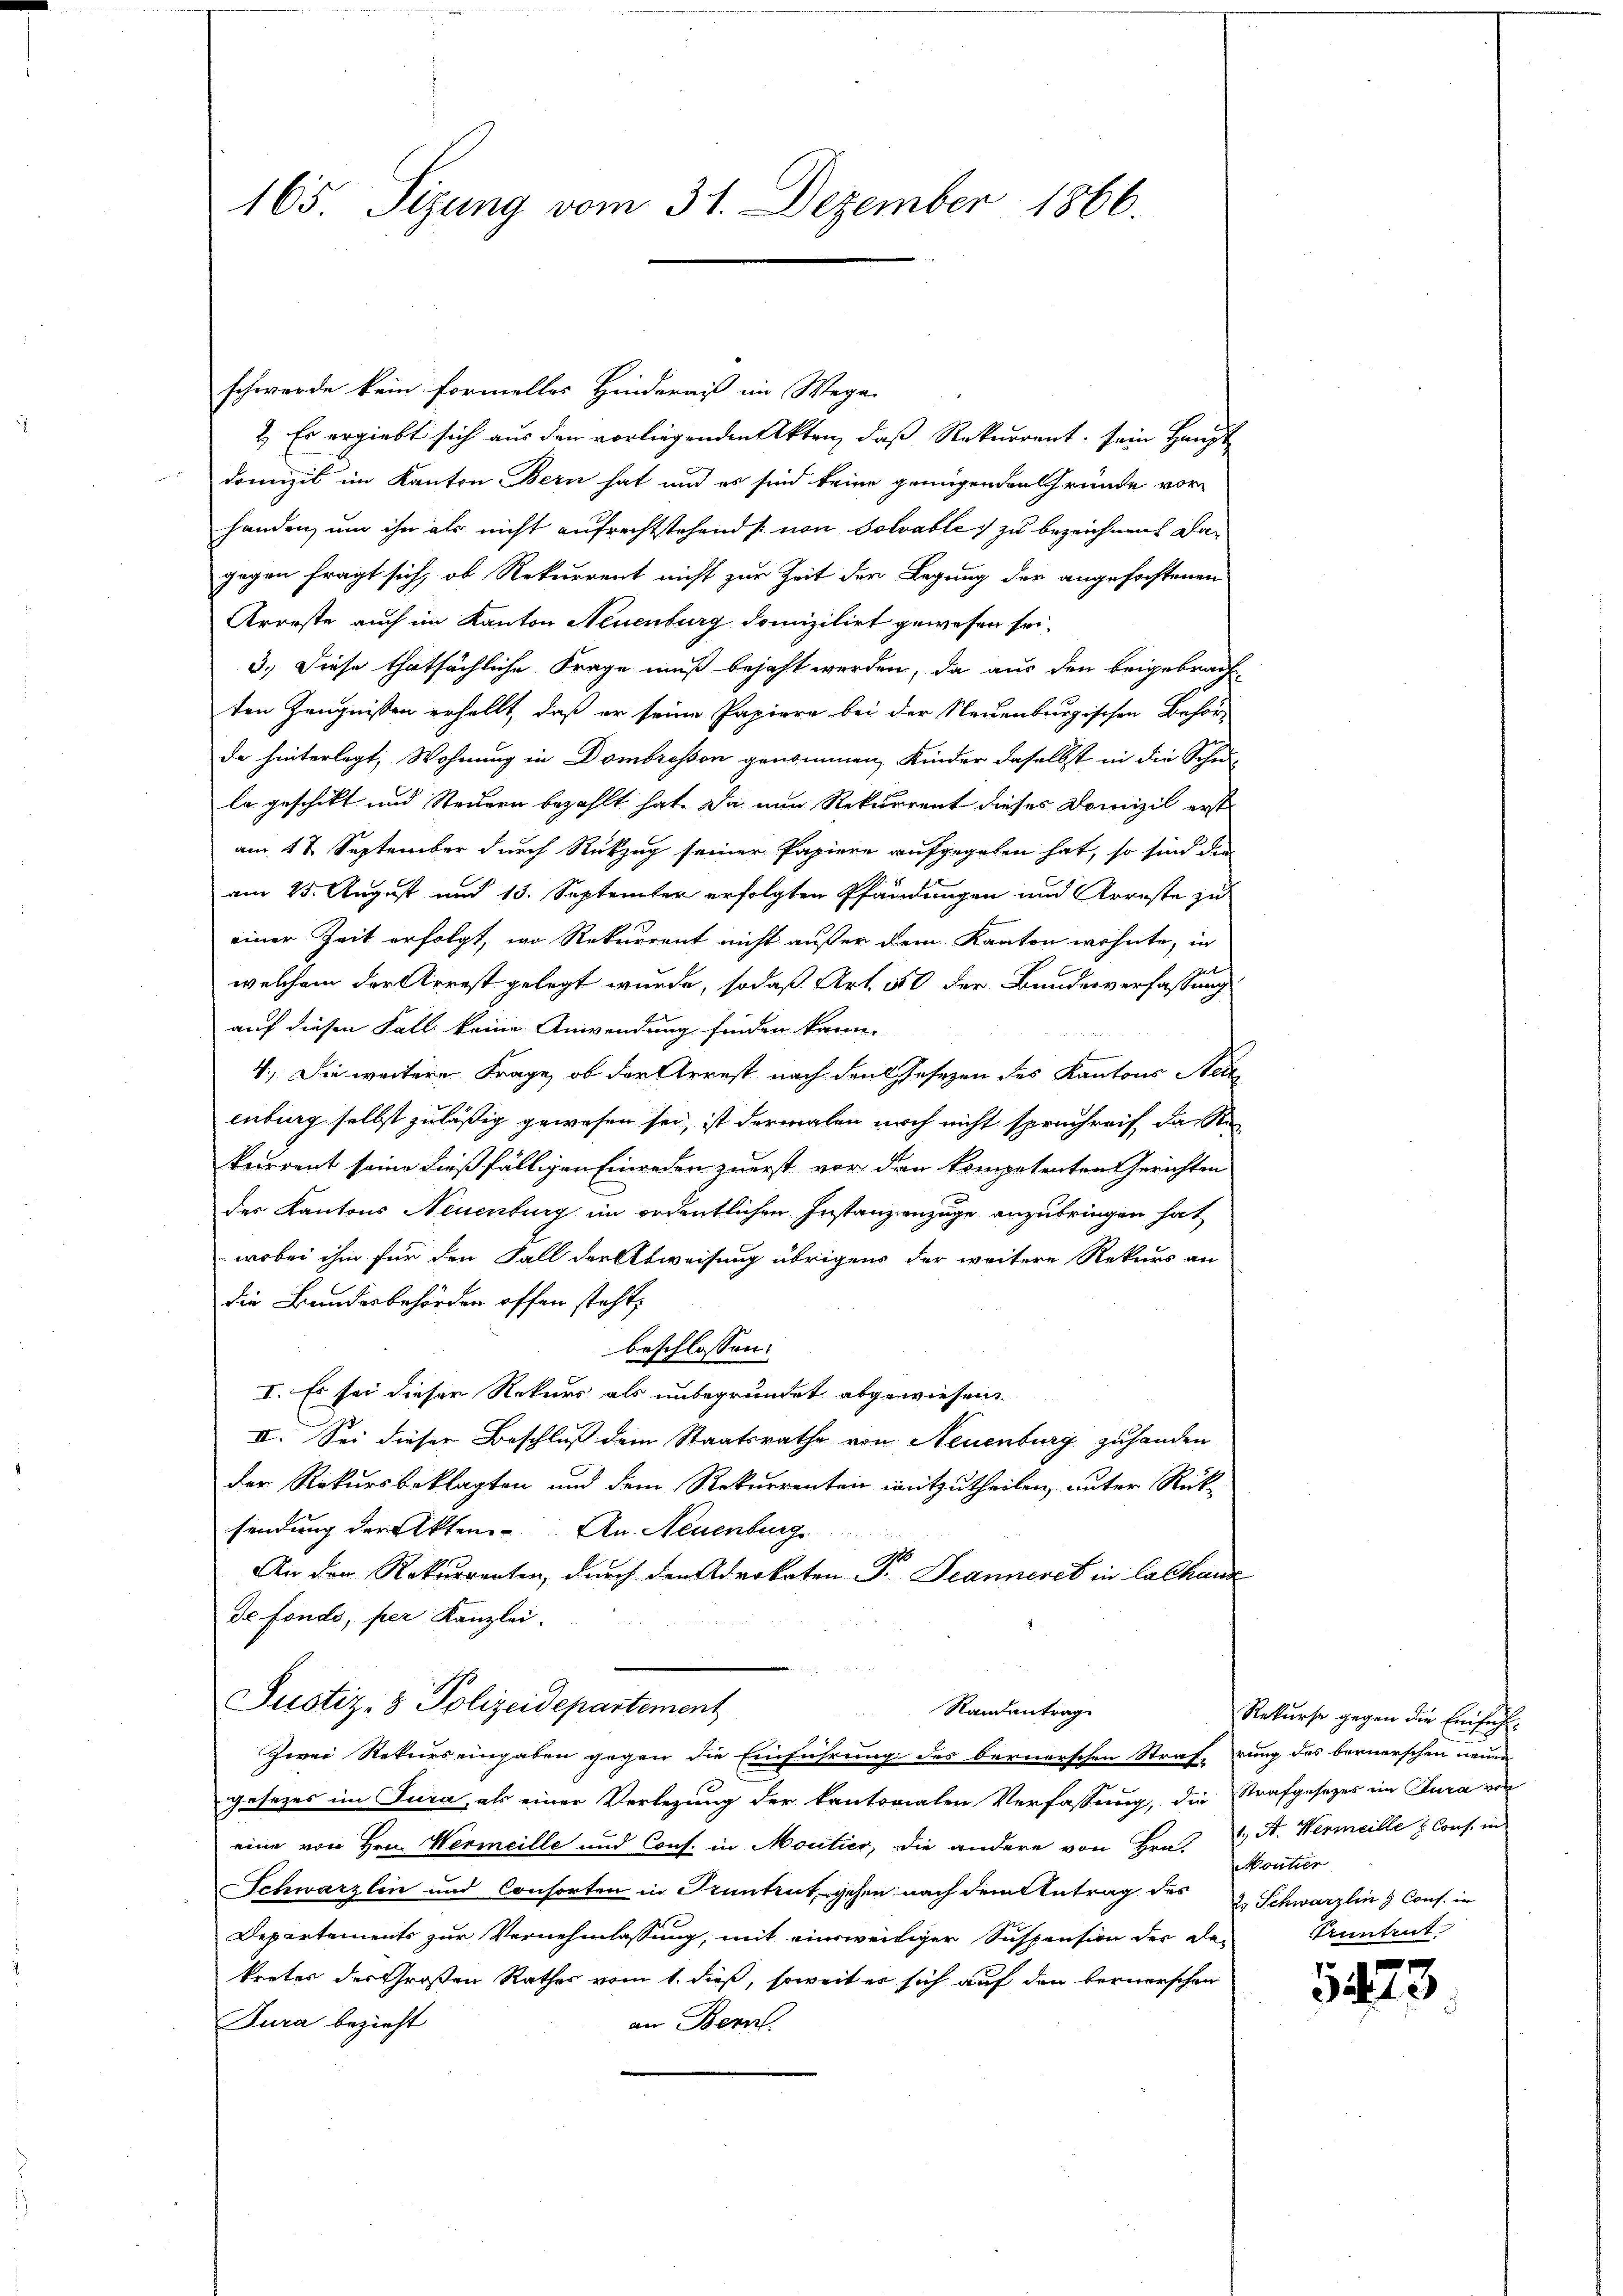
165. Sizung vom 31. Dezember 1866.

schwerde kein formelles Hinderniß im Wegen
2.) Es ergiebt sich aus den vorliegenden Akten, daß Rekurrent sein Haupt
Domizil im Kanton Bern hat und es sind keine genügenden Gründe vorhanden, um ihn als nicht aufrechtstehends von solvable zu bezeichnen Dagegen fragt sich, ob Rekurrent nicht zur Zeit der Legung der angefochtenen
Arorste auch im Kanton Neuenburg damnizilirt gewesen sei.
3.) Diese thatsächliche Frage muß bejaht werden, da aus den beigebrach-
ten Zeugnissen erhellt, daß er seine Papiere bei der Neuenburgischen Behör-
de hinterlegt, Wohnung in Dombrosson genommen, Kinder daselbst in die Schu
la geschickt und Steuern bezahlt hat. Da nun Rekurrent dieses Domizil erst
am 4 t September durch Rückzug seiner Papiere aufgegeben hat, so sind die
am 25. August und 13. September erfolgten Pfändungen und Arreste zu
einer Zeit erfolgt, wo Rekurrent nicht außer dem Kanton wohnte, in
welchem der Arrest gelegt wurde, sodaß Art. 50 der Bundesverfassung
auf diesen Fall keine Anwendung finden kann.
4.) Die weitere Frage, ob der Arrest nach den Gesezen des Kantons Ned
enburg selbst zuläßig gewesen sei, ist dermalen noch nicht spruchreis das Ste
kurrent seine dießfälligen Einreden zuerst vor den kompetenten Gerichten
der Kantons Neuenburg im ordentlichen Instanzenzuge anzubringen hat
wobei ihm für den Fall der Abweisung übrigens der weitere Rekurs an
die Bundesbehörden offen steht,
beschlossen:
I. Es sei dieser Rekurs als unbegründet abgewiesen
II. Sei dieser Beschluß dem Staatsrathe von Neuenburg zuhanden
der Rekursbeklagten und dem Rekurrenten mitzutheilen, unter Rück
sendung der Akten. An Neuenburgs
A
An der Rekurrenten, durch den Advokaten J. Jeanneret in lachand
de fondo, per Kanzlei.
Justiz- & Polizeidepartement
Randantrag
Zwei Rekurs eingaben gegen die Einführung des bernerschen Straferung des bernerschen neuen
gesezes im Jura, als einer Verlegung der kantorialen Verfassung, die Strafgesetzes im Jura von
eine von Hrn. Wermeille und Cons. in Moutier, die andere von Bras A. Hermeille & Cons. in
Schwarzlin und Consorten in Pruntrut, gehen nach dem Antrag des & Schwarzling Cons. in
Departements zur Vernehmlassung, mit einsweiliger Suspension der De-
kretes der Großen Rathes vom 1. dieß, soweit er sich auf den bernerschen
Tura bezieht
an Bern.

Rekurse gegen die Einfüh¬
Moutier
tiuntrut

1423